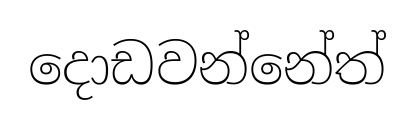
දොඩවන්නේත්